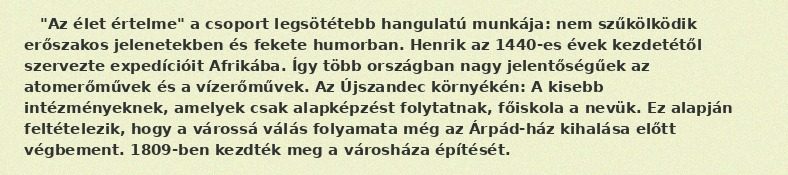
"Az élet értelme" a csoport legsötétebb hangulatú munkája: nem szűkölködik erőszakos jelenetekben és fekete humorban. Henrik az 1440-es évek kezdetétől szervezte expedícióit Afrikába. Így több országban nagy jelentőségűek az atomerőművek és a vízerőművek. Az Újszandec környékén: A kisebb intézményeknek, amelyek csak alapképzést folytatnak, főiskola a nevük. Ez alapján feltételezik, hogy a várossá válás folyamata még az Árpád-ház kihalása előtt végbement. 1809-ben kezdték meg a városháza építését.